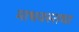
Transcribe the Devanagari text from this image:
माधवस्तथा